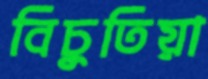
বিচুতিয়া